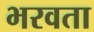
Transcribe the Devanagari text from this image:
भरवता